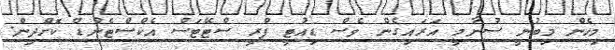
މިހެން މިބުނީ ސުނާމީ އަރައިގެން ވެސް ޑިއުޓީ ފްރީ ސްޓޭޓަސް އެކްސްޓެންޑް ކޮށްދިން.